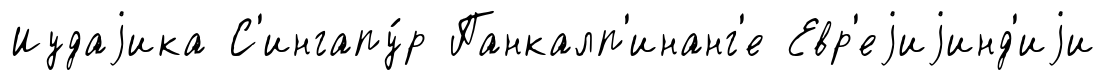
Иудаjика С'ингапу́р Панкалп'инанг'е Евр'еjиjинд'иjи